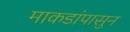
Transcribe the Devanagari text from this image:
माकडांपासुन